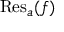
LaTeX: \operatorname { R e s } _ { a } ( f )